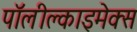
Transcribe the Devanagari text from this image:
पॉलीक्लाइमेक्स